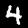
Label: 4